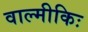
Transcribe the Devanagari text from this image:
वाल्मीकिः